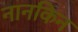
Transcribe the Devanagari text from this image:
नानकिन